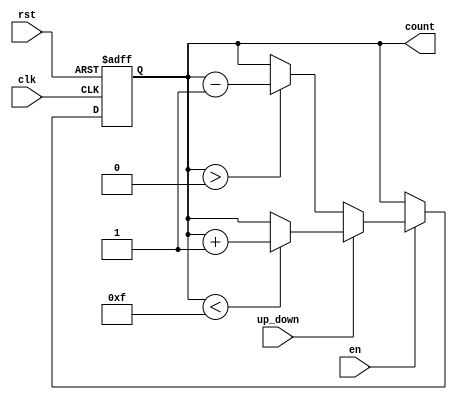
module up_down_counter #(
    parameter N = 4 // Bit-width of the counter
)(
    input wire clk,           // Clock input
    input wire rst,           // Asynchronous reset input
    input wire en,            // Enable input
    input wire up_down,       // Up/Down control signal
    output reg [N-1:0] count  // Counter output
);

    // Asynchronous reset
    always @(posedge clk or posedge rst) begin
        if (rst) begin
            count <= 0; // Reset count to 0
        end else if (en) begin
            if (up_down) begin
                if (count < (2**N - 1)) begin
                    count <= count + 1; // Increment count
                end
            end else begin
                if (count > 0) begin
                    count <= count - 1; // Decrement count
                end
            end
        end
        // If enable is low, count holds its current value
    end

endmodule